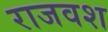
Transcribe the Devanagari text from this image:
राजवश